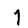
Digit: 1